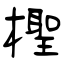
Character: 檉